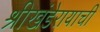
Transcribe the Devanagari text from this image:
श्रीखंडेरायाची